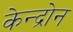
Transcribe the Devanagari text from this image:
केन्द्रोन